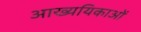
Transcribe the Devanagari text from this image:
आख्ययिकाओं